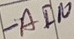
Text: -AIN